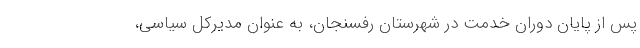
پس از پایان دوران خدمت در شهرستان رفسنجان، به عنوان مدیرکل سیاسی،